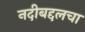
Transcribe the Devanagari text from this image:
नदीबद्दलचा